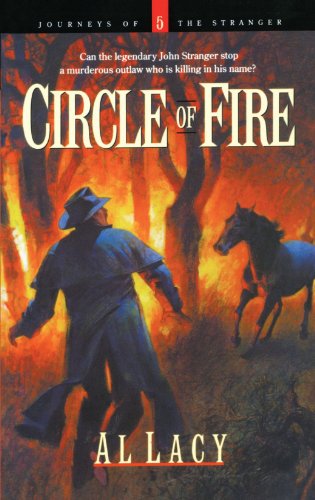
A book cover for Circle of Fire (Journeys of the Stranger #5); Al Lacy; Christian Books & Bibles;